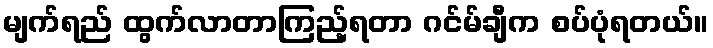
မျက်ရည် ထွက်လာတာကြည့်ရတာ ဂင်မ်ချီက စပ်ပုံရတယ်။